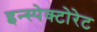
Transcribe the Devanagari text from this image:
इन्स्पेक्टोरेट